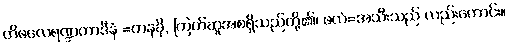
တိဖလေရဏ္ဍကာဒီနံ =ကနခို, ကြက်ဆူအစရှိသည်တို့၏၊ ဖလံ=အသီးသည် လည်းကောင်း။